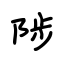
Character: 陟